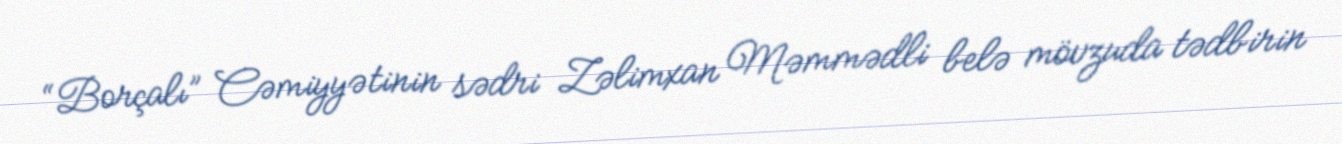
“Borçalı” Cəmiyyətinin sədri Zəlimxan Məmmədli belə mövzuda tədbirin